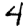
Digit: 4